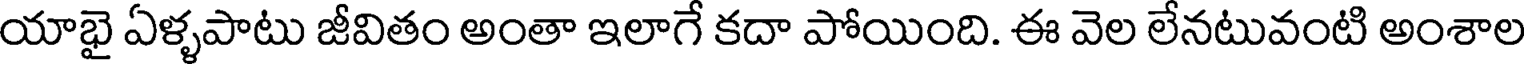
యాభై ఏళ్ళపాటు జీవితం అంతా ఇలాగే కదా పోయింది. ఈ వెల లేనటువంటి అంశాల